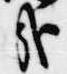
哉